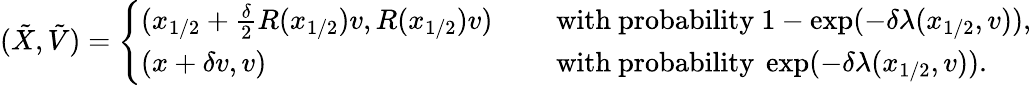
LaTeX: (\tilde{X},\tilde{V})=\left\{ \begin{array}{ll}{(x_{1/2}+\frac{\delta}{2}R(x_{1/2})v,R(x_{1/2})v)\quad}&{\mathrm{~with~probability~}1-\exp(-\delta\lambda(x_{1/2},v)),}\\ {(x+\delta v,v)\quad}&{\mathrm{~with~probability~}\exp(-\delta\lambda(x_{1/2},v)).}\end{array}\right.